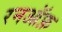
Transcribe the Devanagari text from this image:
रनऑफ़